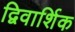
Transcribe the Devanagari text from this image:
द्विवार्शिक